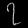
Digit: ၇